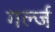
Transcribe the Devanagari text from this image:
गर्ल्‍ज